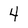
Character: 4